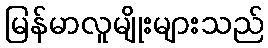
မြန်မာလူမျိုးများသည်